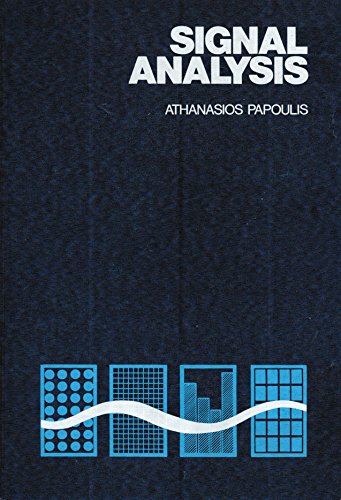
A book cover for Signal Analysis; Athanasios Papoulis; Science & Math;